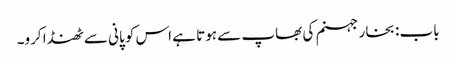
باب : بخار جہنم کی بھاپ سے ہوتا ہے اس کو پانی سے ٹھنڈا کرو۔